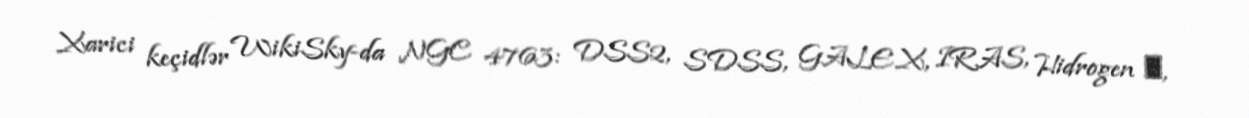
Xarici keçidlər WikiSky-da NGC 4763: DSS2, SDSS, GALEX, IRAS, Hidrogen α,